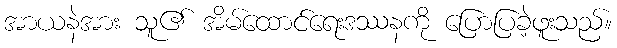
အာယနဲအား သူ၏ အိမ်ထောင်ရေးဒဿနကို ပြောပြခဲ့ဖူးသည်။